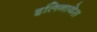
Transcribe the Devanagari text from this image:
इलिनायेस